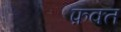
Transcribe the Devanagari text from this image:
फ़क्‍त